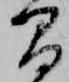
間